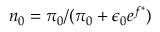
n _ { 0 } = \pi _ { 0 } / ( \pi _ { 0 } + \epsilon _ { 0 } e ^ { f ^ { \ast } } )